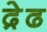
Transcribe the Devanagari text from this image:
द़ेढ